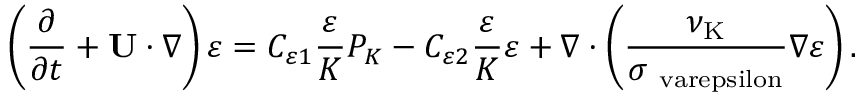
\left( { \frac { \partial } { \partial t } + { \bf { U } } \cdot \nabla } \right) \varepsilon = C _ { \varepsilon 1 } \frac { \varepsilon } { K } P _ { K } - C _ { \varepsilon 2 } \frac { \varepsilon } { K } \varepsilon + \nabla \cdot \left( { \frac { \nu _ { \mathrm { { K } } } } { \sigma _ { \mathrm { \ v a r e p s i l o n } } } \nabla \varepsilon } \right) .